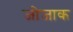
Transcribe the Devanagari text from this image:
जीजाक